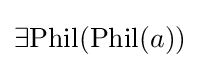
\exists {\text{Phil}}({\text{Phil}}(a))